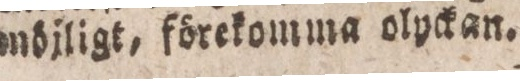
möjligt, förekomma olpckan.